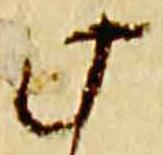
此